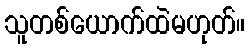
သူတစ်ယောက်ထဲမဟုတ်။